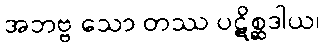
အဘဗ္ဗ သော တဿ ပဋိစ္ဆဒါယ၊